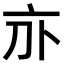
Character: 𠅄